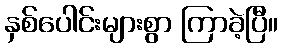
နှစ်ပေါင်းများစွာ ကြာခဲ့ပြီ။